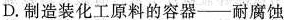
D.制造装化工原料的容器——耐腐蚀